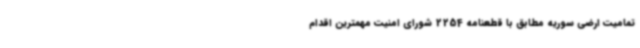
تمامیت ارضی سوریه مطابق با قطعنامه 2254 شورای امنیت مهمترین اقدام